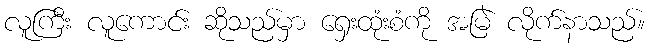
လူကြီး လူကောင်း ဆိုသည်မှာ ရှေးထုံးစံကို အမြဲ လိုက်နာသည်။